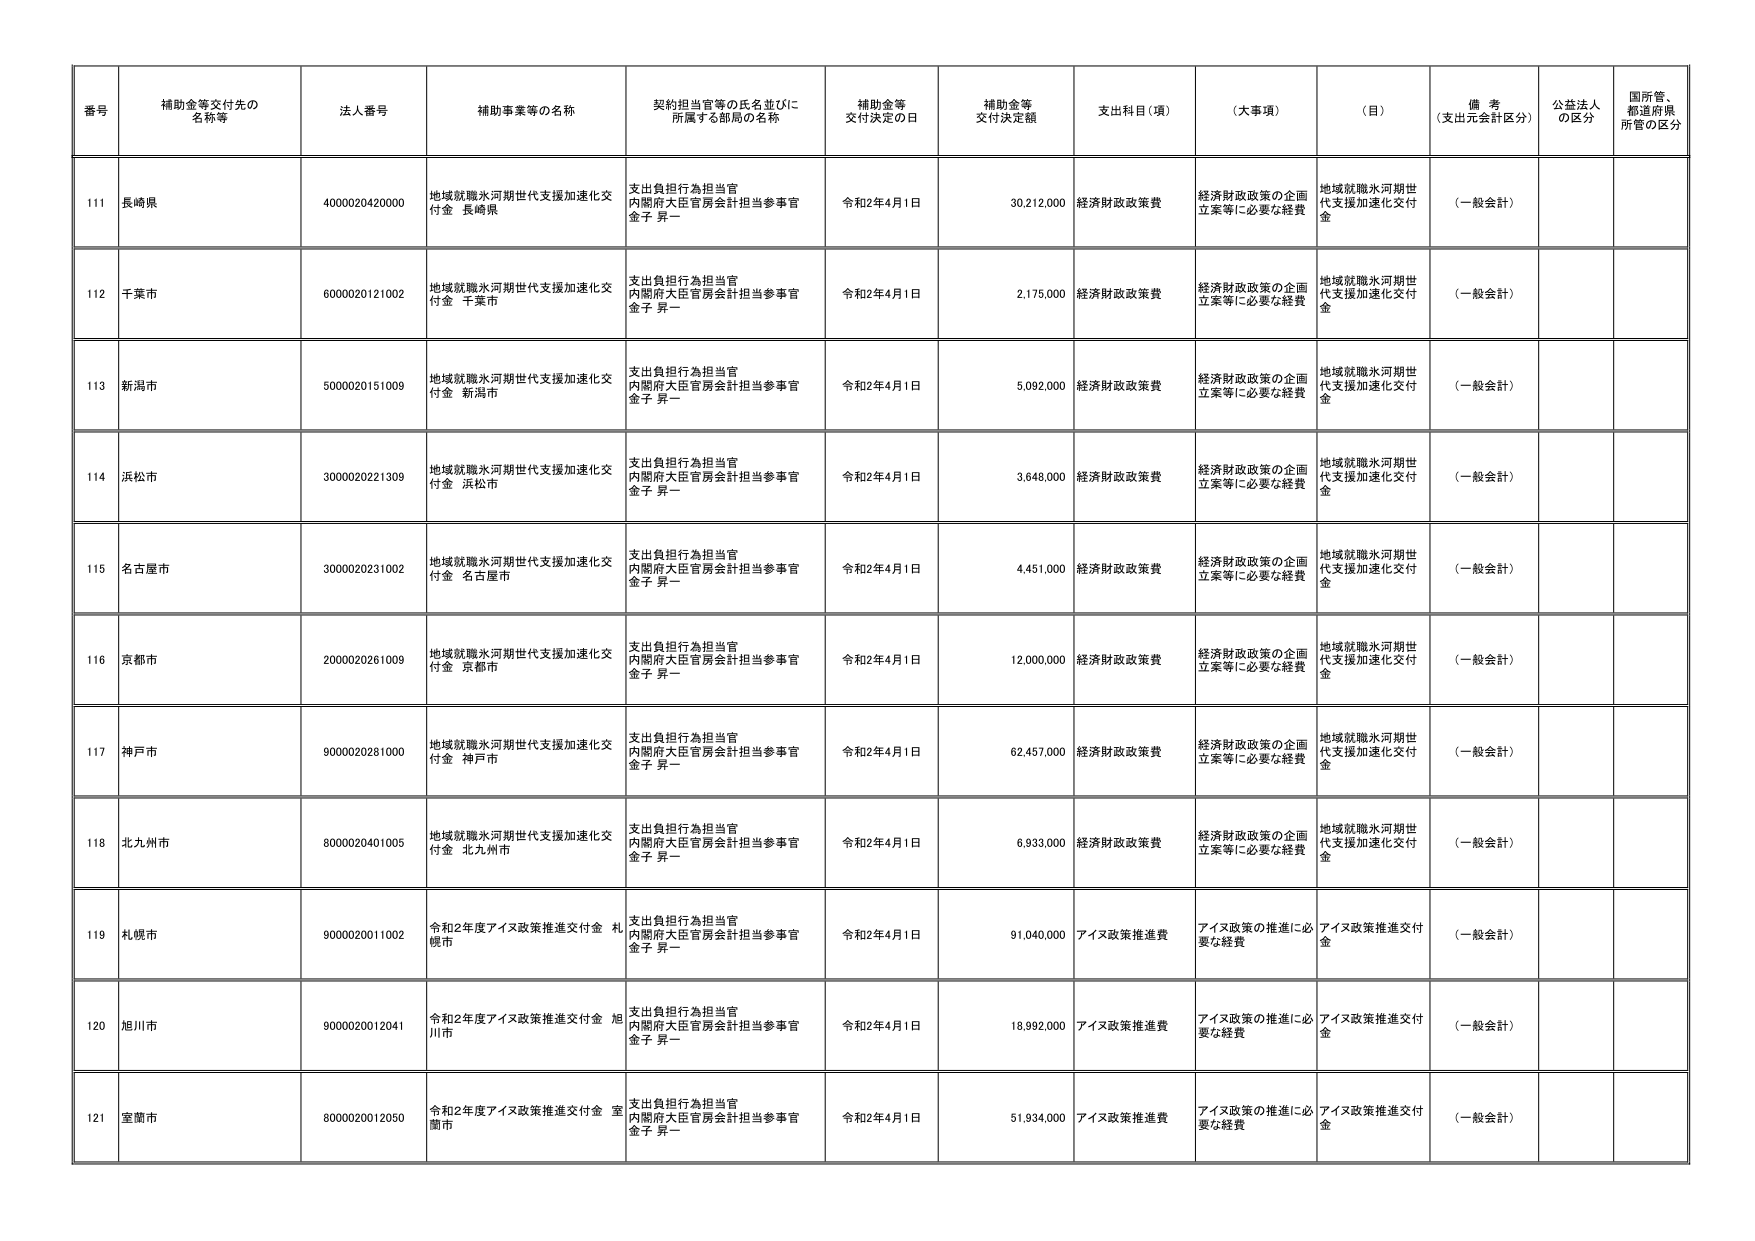
番号 補助金等交付先の名称等 法人番号 補助事業等の名称 契約担当官等の氏名並びに所属する部局の名称 補助金等交付決定の日 補助金等交付決定額 支出科目（項） （大事項） （目） 備考（支出元会計区分） 公益法人の区分 国所管、都道府県所管の区分
111 長崎県 4000020420000 地域就職氷河期世代支援加速化交付金 長崎県 支出負担行為担当官 内閣府大臣官房会計担当参事官 金子 昇一 令和2年4月1日 30,212,000 経済財政政策費 経済財政政策の企画立案等に必要な経費 地域就職氷河期世代支援加速化交付金 （一般会計）
112 千葉市 6000020121002 地域就職氷河期世代支援加速化交付金 千葉市 支出負担行為担当官 内閣府大臣官房会計担当参事官 金子 昇一 令和2年4月1日 2,175,000 経済財政政策費 経済財政政策の企画立案等に必要な経費 地域就職氷河期世代支援加速化交付金 （一般会計）
113 新潟市 5000020151009 地域就職氷河期世代支援加速化交付金 新潟市 支出負担行為担当官 内閣府大臣官房会計担当参事官 金子 昇一 令和2年4月1日 5,092,000 経済財政政策費 経済財政政策の企画立案等に必要な経費 地域就職氷河期世代支援加速化交付金 （一般会計）
114 浜松市 3000020221309 地域就職氷河期世代支援加速化交付金 浜松市 支出負担行為担当官 内閣府大臣官房会計担当参事官 金子 昇一 令和2年4月1日 3,648,000 経済財政政策費 経済財政政策の企画立案等に必要な経費 地域就職氷河期世代支援加速化交付金 （一般会計）
115 名古屋市 3000020231002 地域就職氷河期世代支援加速化交付金 名古屋市 支出負担行為担当官 内閣府大臣官房会計担当参事官 金子 昇一 令和2年4月1日 4,451,000 経済財政政策費 経済財政政策の企画立案等に必要な経費 地域就職氷河期世代支援加速化交付金 （一般会計）
116 京都市 2000020261009 地域就職氷河期世代支援加速化交付金 京都市 支出負担行為担当官 内閣府大臣官房会計担当参事官 金子 昇一 令和2年4月1日 12,000,000 経済財政政策費 経済財政政策の企画立案等に必要な経費 地域就職氷河期世代支援加速化交付金 （一般会計）
117 神戸市 9000020281000 地域就職氷河期世代支援加速化交付金 神戸市 支出負担行為担当官 内閣府大臣官房会計担当参事官 金子 昇一 令和2年4月1日 62,457,000 経済財政政策費 経済財政政策の企画立案等に必要な経費 地域就職氷河期世代支援加速化交付金 （一般会計）
118 北九州市 8000020401005 地域就職氷河期世代支援加速化交付金 北九州市 支出負担行為担当官 内閣府大臣官房会計担当参事官 金子 昇一 令和2年4月1日 6,933,000 経済財政政策費 経済財政政策の企画立案等に必要な経費 地域就職氷河期世代支援加速化交付金 （一般会計）
119 札幌市 9000020011002 令和2年度アイヌ政策推進交付金 札幌市 支出負担行為担当官 内閣府大臣官房会計担当参事官 金子 昇一 令和2年4月1日 91,040,000 アイヌ政策推進費 アイヌ政策の推進に必要な経費 アイヌ政策推進交付金 （一般会計）
120 旭川市 9000020012041 令和2年度アイヌ政策推進交付金 旭川市 支出負担行為担当官 内閣府大臣官房会計担当参事官 金子 昇一 令和2年4月1日 18,992,000 アイヌ政策推進費 アイヌ政策の推進に必要な経費 アイヌ政策推進交付金 （一般会計）
121 室蘭市 8000020012050 令和2年度アイヌ政策推進交付金 室蘭市 支出負担行為担当官 内閣府大臣官房会計担当参事官 金子 昇一 令和2年4月1日 51,934,000 アイヌ政策推進費 アイヌ政策の推進に必要な経費 アイヌ政策推進交付金 （一般会計）